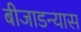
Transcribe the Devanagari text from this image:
बीजाडन्यास